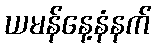
ယမန်နေ့နံနက်